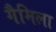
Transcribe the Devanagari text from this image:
गैमिला